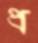
প্র